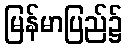
မြန်မာပြည်၌